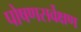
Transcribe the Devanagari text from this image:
पोषणसर्वेक्षण